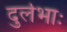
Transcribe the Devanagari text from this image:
दुर्लभाः